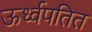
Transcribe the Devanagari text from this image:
ऊर्ध्वपतित